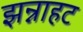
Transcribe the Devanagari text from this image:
झन्नाहट